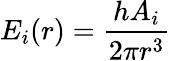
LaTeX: E_{i}(r)=\frac{hA_{i}}{2\pi r^{3}}